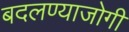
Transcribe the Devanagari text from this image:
बदलण्याजोगी